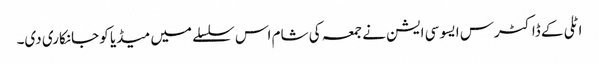
اٹلی کے ڈاکٹرس ایسو سی ایشن نے جمعہ کی شام اس سلسلے میں میڈیا کو جانکاری دی۔